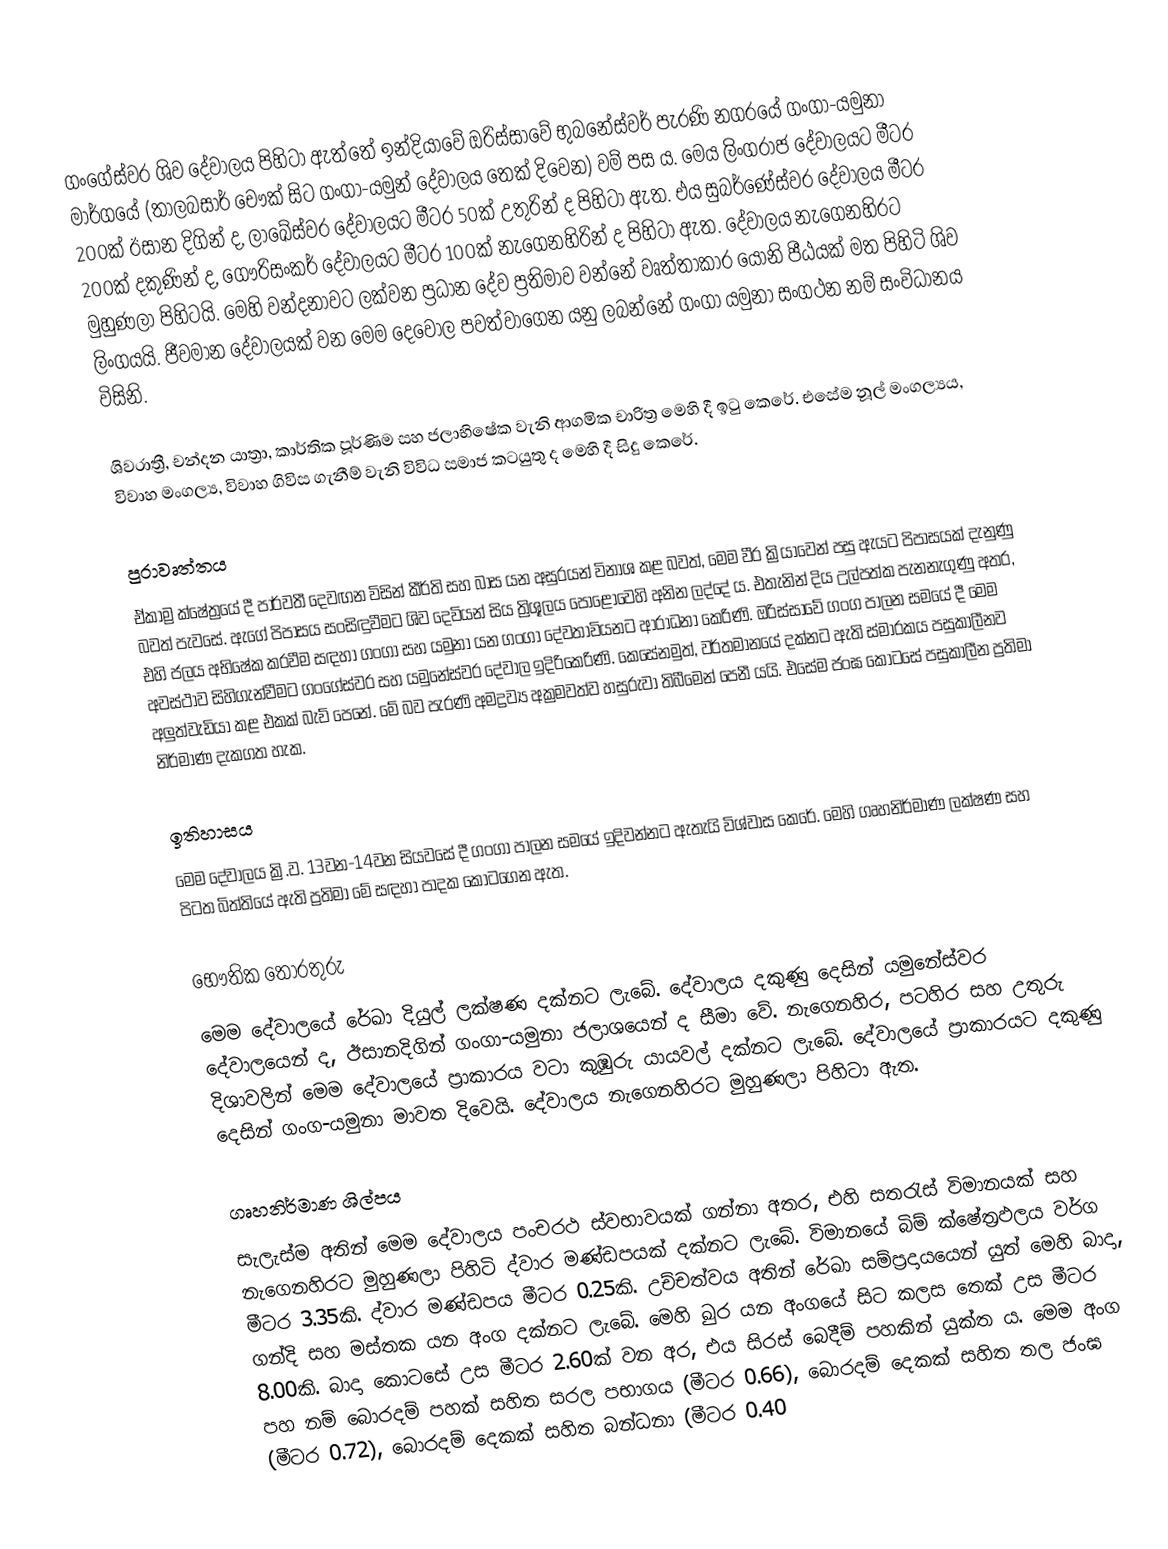
ගංගේස්වර ශිව දේවාලය පිහිටා ඇත්තේ ඉන්දියාවේ ඔරිස්සාවේ භුබනේස්වර් පැරණි නගරයේ ගංගා-යමුනා මාර්ගයේ (තාලබසාර් චෞක් සිට ගංගා-යමුන් දේවාලය තෙක් දිවෙන) වම් පස ය. මෙය ලිංගරාජ දේවාලයට මීටර 200ක් ඊසාන දිගින් ද, ලාඛේස්වර දේවාලයට මීටර 50ක් උතුරින් ද පිහිටා ඇත. එය සුබර්ණේස්වර දේවාලය මීටර 200ක් දකුණින් ද, ගෞරිසංකර් දේවාලයට මීටර 100ක් නැගෙනහිරින් ද පිහිටා ඇත.  දේවාලය නැගෙනහිරට මුහුණලා පිහිටයි. මෙහි වන්දනාවට ලක්වන ප්‍රධාන දේව ප්‍රතිමාව වන්නේ වෘත්තාකාර යෝනි පීඨයක් මත පිහිටි ශිව ලිංගයයි. ජීවමාන දේවාලයක් වන මෙම දෙවොල පවත්වාගෙන යනු ලබන්නේ ගංගා යමුනා සංගථන නම් සංවිධානය විසිනි.

ශිවරාත්‍රී, චන්දන යාත්‍රා, කාර්තික පූර්ණිම සහ ජලාභිෂේක වැනි ආගමික චාරිත්‍ර මෙහි දී ඉටු කෙරේ. එසේම නූල් මංගල්‍යය, විවාහ මංගල්‍ය, විවාහ ගිවිස ගැනීම් වැනි විවිධ සමාජ කටයුතු ද මෙහි දී සිදු කෙරේ.

පුරාවෘත්තය
ඒකාම්‍ර ක්ෂේත්‍රයේ දී පාර්වතී දෙවඟන විසින් කීර්ති සහ බාස යන අසුරයන් විනාශ කළ බවත්, මෙම වීර ක්‍රියාවෙන් පසු ඇයට පිපාසයක් දැනුණු බවත් පැවසේ. ඇගේ පිපාසය සංසිඳුවීමට ශිව දෙවියන් සිය ත්‍රිශූලය පොළොවෙහි අනින ලද්දේ ය. එතැනින් දිය උල්පත්ක පැනනැගුණු අතර, එහි ජලය අභිෂේක කරවීම සඳහා ගංගා සහ යමුනා යන ගංගා දේවතාවියනට ආරාධනා කෙරිණි. ඔරිස්සාවේ ගංග පාලන සමයේ දී මෙම අවස්ථාව සිහිගැන්වීමට ගංගේස්වර සහ යමුනේස්වර දේවාල ඉදිරිකෙරිණි. කෙසේනමුත්, වර්තමානයේ දක්නට ඇති ස්මාරකය පසුකාලීනව අලුත්වැඩියා කළ එකක් බැව් පෙනේ. මේ බව පැරණි අමද්‍රව්‍ය අක්‍රමවත්ව හසුරුවා තිබීමෙන් පෙනී යයි. එසේම ජංඝ කොටසේ පසුකාලීන ප්‍රතිමා නිර්මාණ දැකගත හැක.

ඉතිහාසය
මෙම දේවාලය ක්‍රි.ව. 13වන-14වන සියවසේ දී ගංගා පාලන සමයේ ඉදිවන්නට ඇතැයි විශ්වාස කෙරේ. මෙහි ගෘහනිර්මාණ ලක්ෂණ සහ පිටත බිත්තියේ ඇති ප්‍රතිමා මේ සඳහා පාදක කොටගෙන ඇත.

භෞතික තොරතුරු
මෙම දේවාලයේ රේඛා දියුල් ලක්ෂණ දක්නට ලැබේ. දේවාලය දකුණු දෙසින් යමුනේස්වර දේවාලයෙන් ද, ඊසානදිගින් ගංගා-යමුනා ජලාශයෙන් ද සීමා වේ. නැගෙනහිර, පටහිර සහ උතුරු දිශාවලින් මෙම දේවාලයේ ප්‍රාකාරය වටා කුඹුරු යායවල් දක්නට ලැබේ. දේවාලයේ ප්‍රාකාරයට දකුණු දෙසින් ගංග-යමුනා මාවත දිවෙයි. දේවාලය නැගෙනහිරට මුහුණලා පිහිටා ඇත.

ගෘහනිර්මාණ ශිල්පය
සැලැස්ම අතින් මෙම දේවාලය පංචරථ ස්වභාවයක් ගන්නා අතර, එහි සතරැස් විමානයක් සහ නැගෙනහිරට මුහුණලා පිහිටි ද්වාර මණ්ඩපයක් දක්නට ලැබේ. විමානයේ බිම් ක්ෂේත්‍රඵලය වර්ග මීටර 3.35කි. ද්වාර මණ්ඩපය මීටර 0.25කි. උච්චත්වය අතින් රේඛා සම්ප්‍රදායයෙන් යුත් මෙහි බාදා, ගන්දි සහ මස්තක යන අංග දක්නට ලැබේ. මෙහි ඛුර යන අංගයේ සිට කලස තෙක් උස මීටර 8.00කි. බාදා කොටසේ උස මීටර 2.60ක් වන අර, එය සිරස් බෙදීම් පහකින් යුක්ත ය. මෙම අංග පහ නම් බොරදම් පහක් සහිත සරල පභාගය (මීටර 0.66), බොරදම් දෙකක් සහිත තල ජංඝ (මීටර 0.72), බොරදම් දෙකක් සහිත බන්ධනා (මීටර 0.40